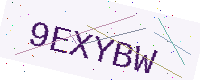
Text: 9EXYBW